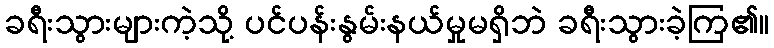
ခရီးသွားများကဲ့သို့ ပင်ပန်းနွမ်းနယ်မှုမရှိဘဲ ခရီးသွားခဲ့ကြ၏။